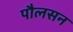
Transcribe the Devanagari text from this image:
पौलसन